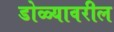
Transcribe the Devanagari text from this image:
डोळ्यावरील